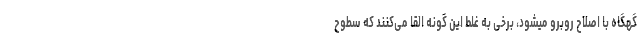
گهگاه با اصلاح روبرو میشود، برخی به غلط این گونه القا می‌کنند که سطوح